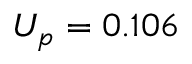
U _ { p } = 0 . 1 0 6